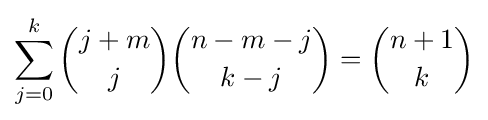
\sum _{j=0}^{k}{\binom {j+m}{j}}{\binom {n-m-j}{k-j}}={\binom {n+1}{k}}